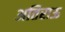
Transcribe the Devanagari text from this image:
अतिराऊ